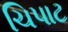
ચિપાટ